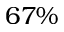
6 7 \%